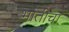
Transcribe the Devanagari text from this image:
भातीचा